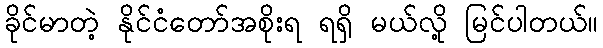
ခိုင်မာတဲ့ နိုင်ငံတော်အစိုးရ ရရှိ မယ်လို့ မြင်ပါတယ်။